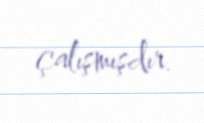
çalışmışdır.